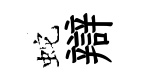
蛇辯